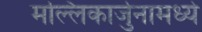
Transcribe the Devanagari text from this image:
मल्लिकार्जुनामध्ये